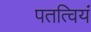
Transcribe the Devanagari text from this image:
पतत्वियं